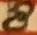
Text: 8